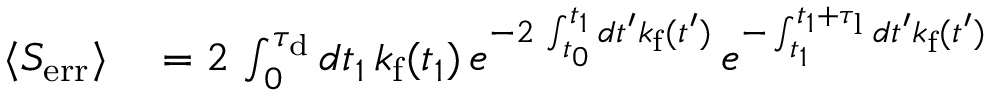
\begin{array} { r l } { \langle S _ { \mathrm { e r r } } \rangle } & { { } = 2 \, \int _ { 0 } ^ { \tau _ { \mathrm { d } } } d t _ { 1 } \, k _ { \mathrm { f } } ( t _ { 1 } ) \, e ^ { - 2 \, \int _ { t _ { 0 } } ^ { t _ { 1 } } d t ^ { \prime } k _ { \mathrm { f } } ( t ^ { \prime } ) } \, e ^ { - \int _ { t _ { 1 } } ^ { t _ { 1 } + \tau _ { \mathrm { l } } } d t ^ { \prime } k _ { \mathrm { f } } ( t ^ { \prime } ) } } \end{array}